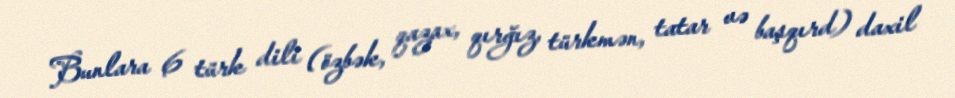
Bunlara 6 türk dili (özbək, qazax, qırğız, türkmən, tatar və başqırd) daxil